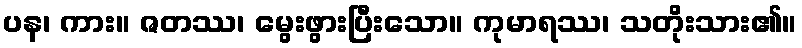
ပန၊ ကား။ ဇတဿ၊ မွေးဖွားပြီးသော။ ကုမာရဿ၊ သတိုးသား၏။